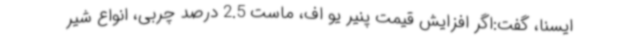
ایسنا، گفت:اگر افزایش قیمت پنیر یو اف، ماست 2.5 درصد چربی، انواع شیر